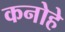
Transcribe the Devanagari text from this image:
कनोहे